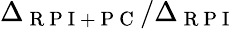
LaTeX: \Delta_{\mathrm{~R~P~I~+~P~C~}}/\Delta_{\mathrm{~R~P~I~}}